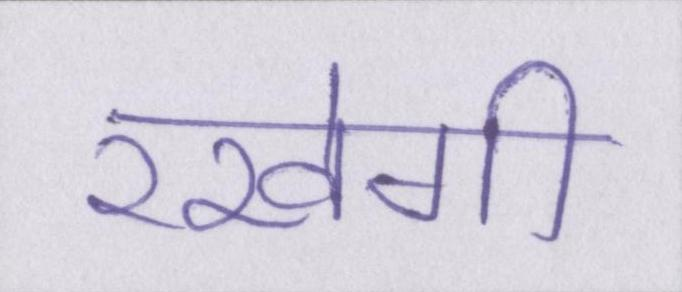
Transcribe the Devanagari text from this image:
रखेगी